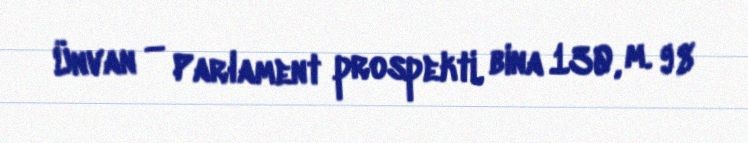
Ünvan — Parlament prospekti, bina 130, m. 98